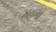
મહામા